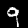
Label: 9